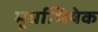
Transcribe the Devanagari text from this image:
मूर्धाभिषेक